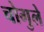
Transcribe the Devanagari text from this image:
चोगुले